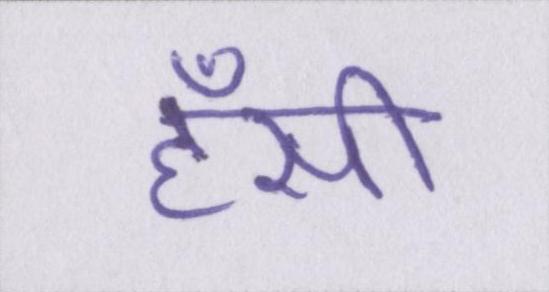
हँसी